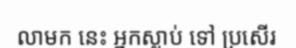
លាមក នេះ អ្នកស្លាប់ ទៅ ប្រសើរ